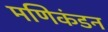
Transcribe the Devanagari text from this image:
मणिकंडन